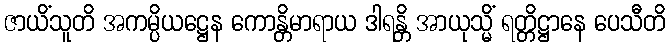
ဇာယိံသူတိ အကမ္ပိယဋ္ဌေန ကောန္တိမာရာယ ဒါရန္တိ အာယုသ္မိံ ရတ္တိဋ္ဌာနေ ပေသီတိ